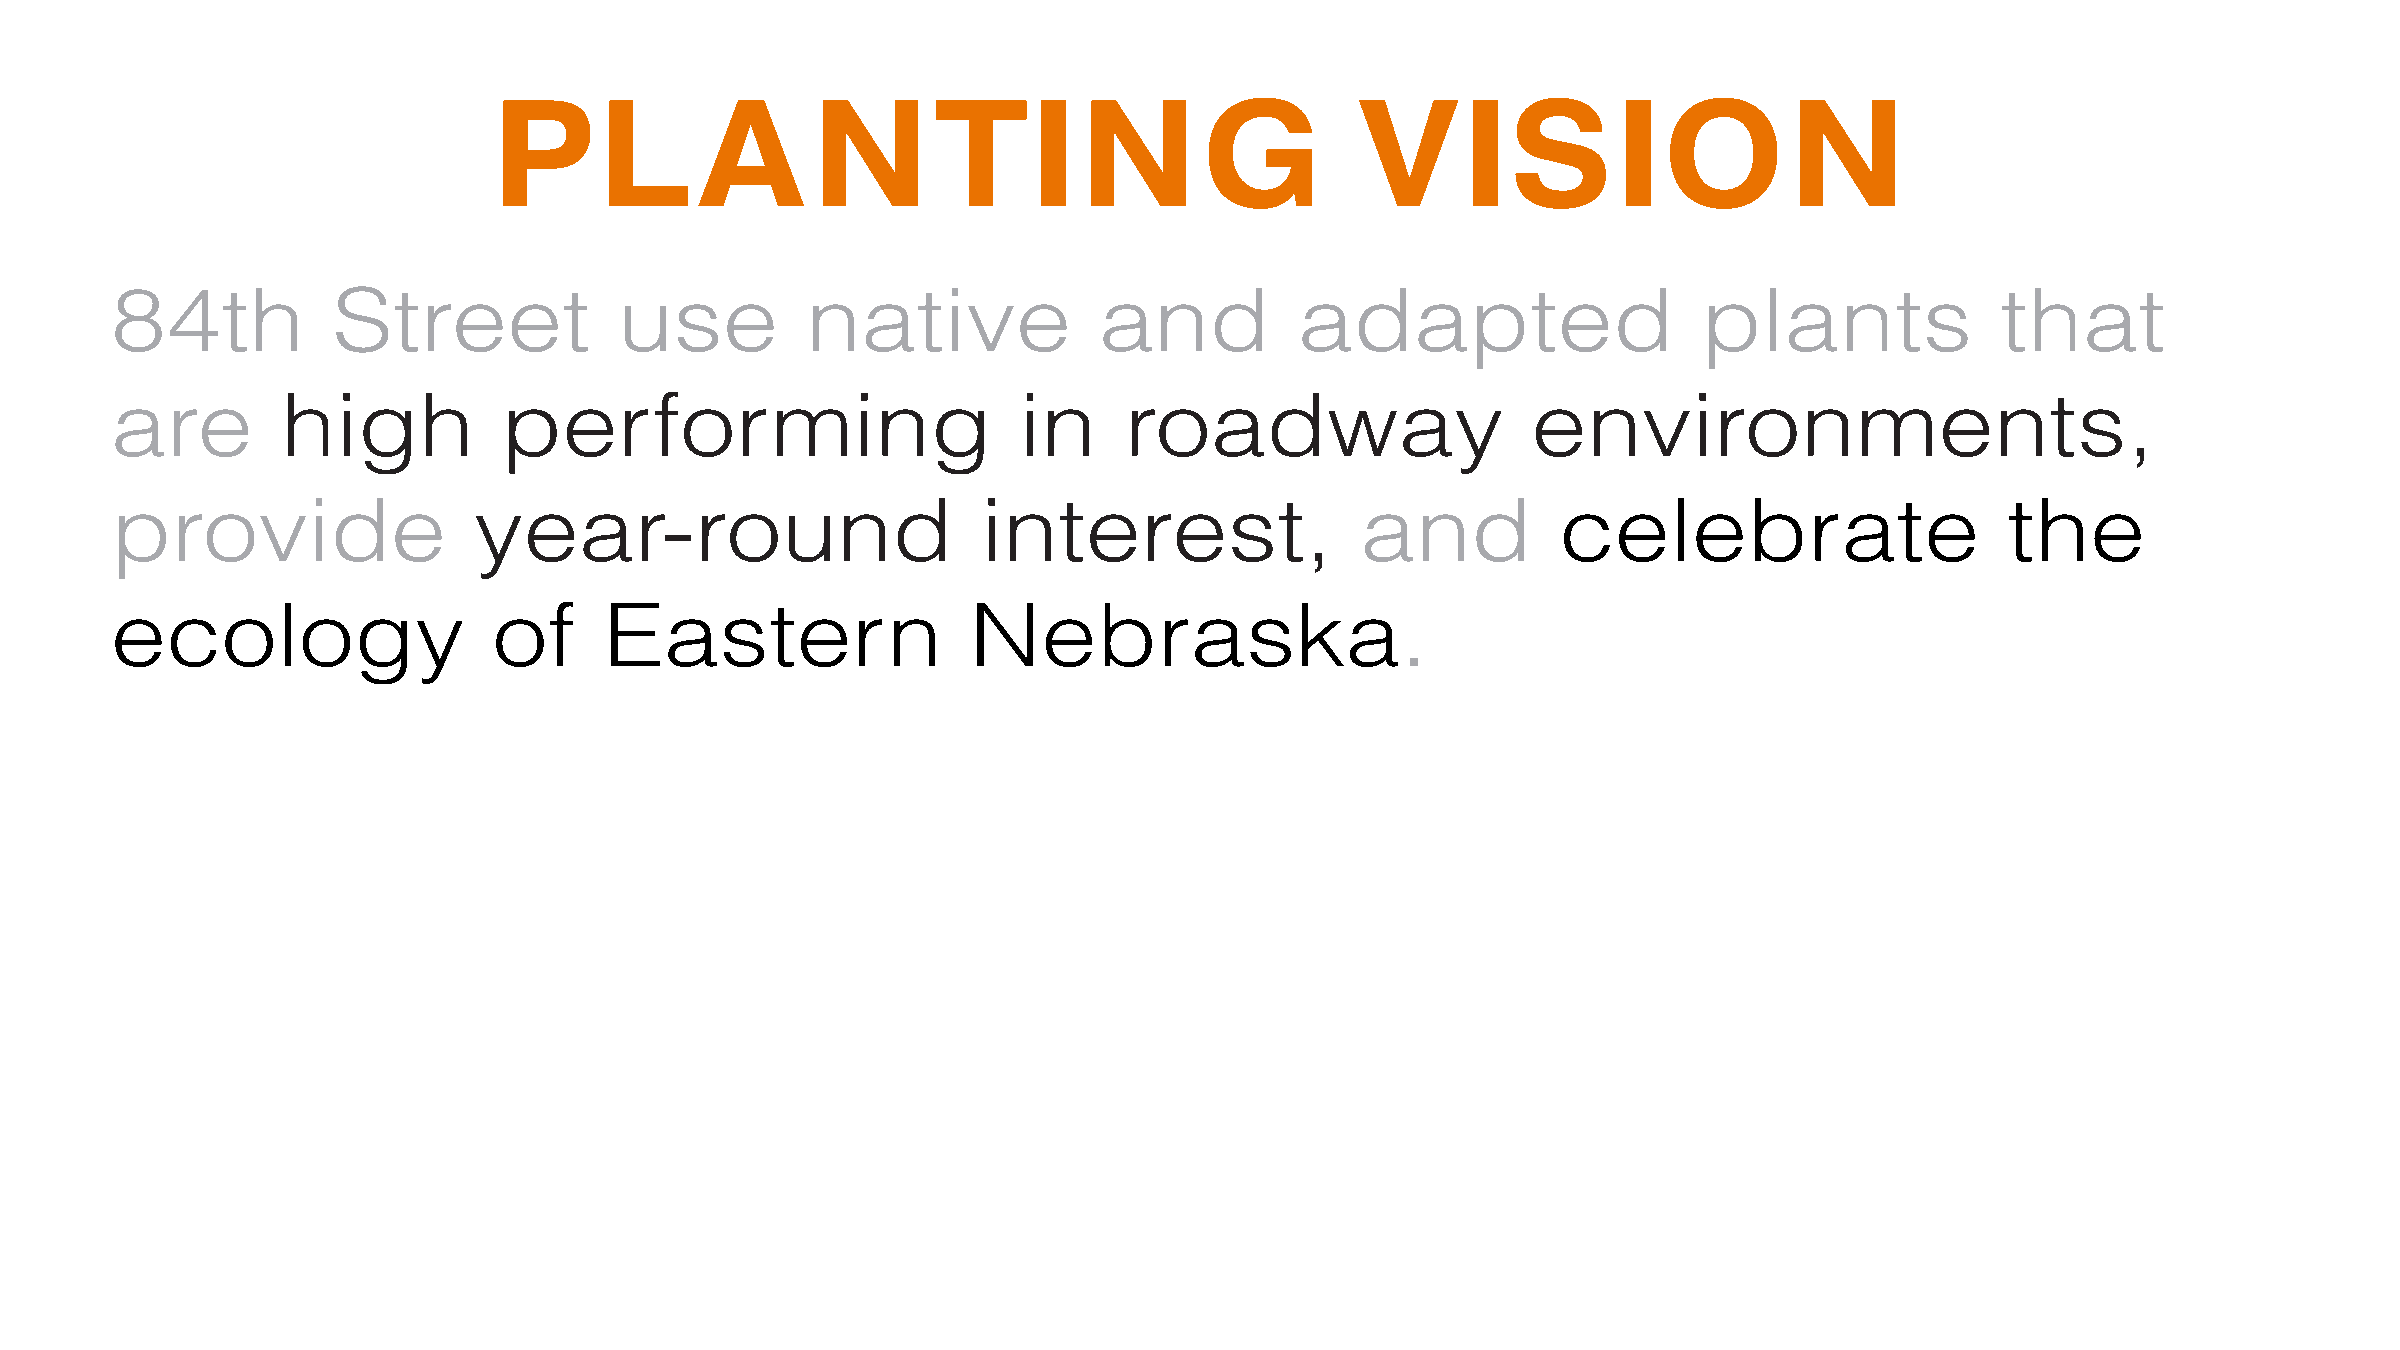
PLANTING                                                  VISION
 84th           Street             use         native              and          adapted                    plants             that
 are         high          performing                        in     roadway                    environments,
 provide                 year-round                        interest,                and          celebrate                     the
 ecology                   of     Eastern                 Nebraska.